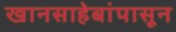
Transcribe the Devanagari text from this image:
खानसाहेबांपासून